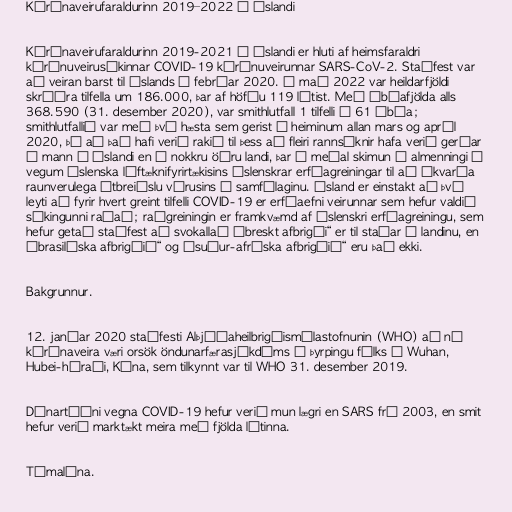
Kórónaveirufaraldurinn 2019–2022 á Íslandi

Kórónaveirufaraldurinn 2019-2021 á Íslandi er hluti af heimsfaraldri
kórónuveirusýkinnar COVID-19 kórónuveirunnar SARS-CoV-2. Staðfest var
að veiran barst til Íslands í febrúar 2020. Í maí 2022 var heildarfjöldi
skráðra tilfella um 186.000, þar af höfðu 119 látist. Með íbúafjölda alls
368.590 (31. desember 2020), var smithlutfall 1 tilfelli á 61 íbúa;
smithlutfallið var með því hæsta sem gerist í heiminum allan mars og apríl
2020, þó að það hafi verið rakið til þess að fleiri rannsóknir hafa verið gerðar
á mann á Íslandi en í nokkru öðru landi, þar á meðal skimun á almenningi á
vegum íslenska líftæknifyrirtækisins Íslenskrar erfðagreiningar til að ákvarða
raunverulega útbreiðslu vírusins ​​í samfélaginu. Ísland er einstakt að því
leyti að fyrir hvert greint tilfelli COVID-19 er erfðaefni veirunnar ​​sem hefur valdið
sýkingunni raðað; raðgreiningin er framkvæmd af Íslenskri erfðagreiningu, sem
hefur getað staðfest að svokallað „breskt afbrigði“ er til staðar í landinu, en
„brasilíska afbrigðið“ og „suður-afríska afbrigðið“ eru það ekki.

Bakgrunnur.

12. janúar 2020 staðfesti Alþjóðaheilbrigðismálastofnunin (WHO) að ný
kórónaveira væri orsök öndunarfærasjúkdóms í þyrpingu fólks í Wuhan,
Hubei-héraði, Kína, sem tilkynnt var til WHO 31. desember 2019.

Dánartíðni vegna COVID-19 hefur verið mun lægri en SARS frá 2003, en smit
hefur verið marktækt meira með fjölda látinna.

Tímalína.